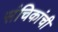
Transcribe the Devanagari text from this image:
संचिकांची